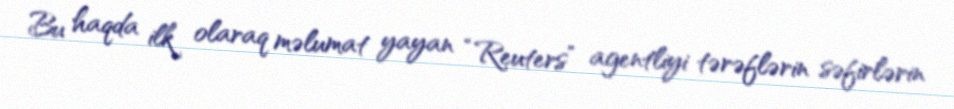
Bu haqda ilk olaraq məlumat yayan “Reuters” agentliyi tərəflərin səfirlərin